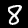
Label: 8